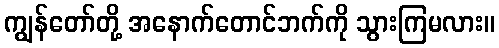
ကျွန်တော်တို့ အနောက်တောင်ဘက်ကို သွားကြမလား။